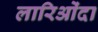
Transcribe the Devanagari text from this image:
लारिओंदा